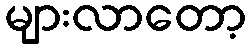
များလာတော့